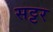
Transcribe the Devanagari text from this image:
सट्टर